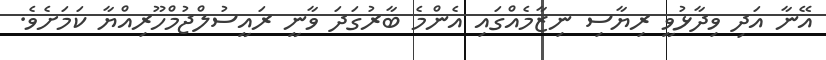
އޭނާ އަދި ވިދާޅުވީ ރިޔާސި ނިޒާމެއްގައި އެންމެ ބާރުގަދަ ވާނީ ރައީސުލްޖުމްހޫރިއްޔާ ކަމަށެވެ.